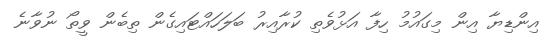
އިންޑިޔާ އިން މިގައުމު ހިފާ އަޅުވެތި ކުރާއިރު ބަލަހައްޓައިގެން ތިބެން ވީތޯ ނުވާނެ